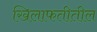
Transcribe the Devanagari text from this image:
खिलाफतीतील